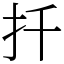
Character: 扦